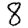
Digit: 8